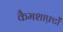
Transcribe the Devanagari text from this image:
कैमशाफ़्टों